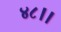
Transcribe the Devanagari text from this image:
४८।।